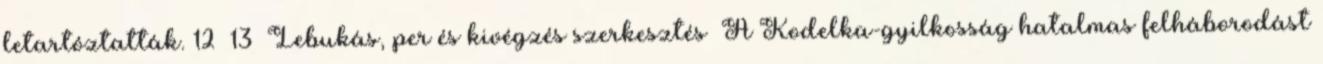
letartóztatták. 12 13 Lebukás, per és kivégzés szerkesztés A Kodelka-gyilkosság hatalmas felháborodást